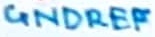
Text: GNDREF